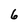
Character: 6